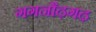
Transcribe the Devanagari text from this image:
गगनौढ़गढ़